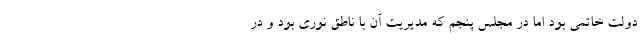
دولت خاتمی بود اما در مجلس پنجم که مدیریت آن با ناطق نوری بود و در